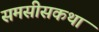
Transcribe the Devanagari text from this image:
समसीसकथा